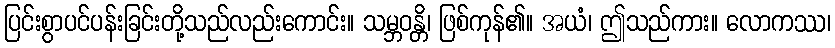
ပြင်းစွာပင်ပန်းခြင်းတို့သည်လည်းကောင်း။ သမ္ဘဝန္တိ၊ ဖြစ်ကုန်၏။ အယံ၊ ဤသည်ကား။ လောကဿ၊